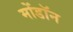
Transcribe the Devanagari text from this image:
मोंडॉन